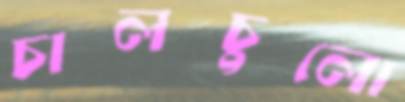
চালচুলো